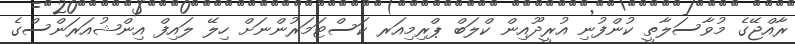
ރާއްޖޭގެ މުވާސަލާތީ ކުންފުނި އުރީދޫއިން ކްލަބް ޕްރިމިއަރ ކަސްޓަމަރުންނަށް ހިލޭ ލައިފް އިންޝުއަރަންސްގެ